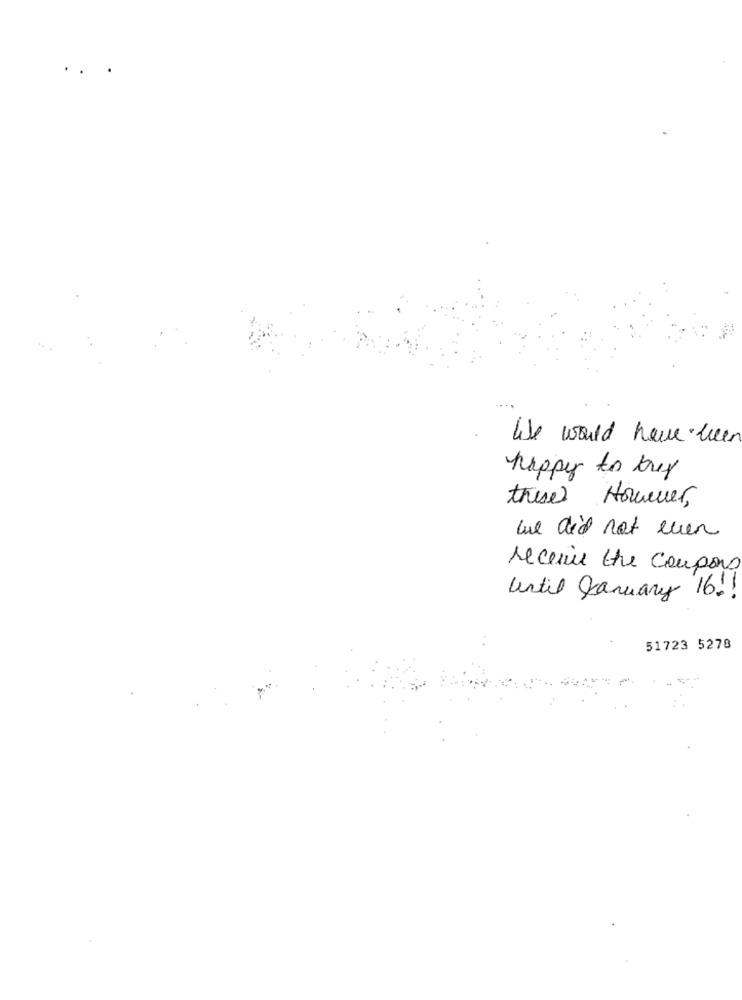
.. .
lise would have been
happy to trey
these However,
we did not even
receive the coupons
until January
16!
51723 5278